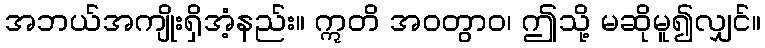
အဘယ်အကျိုးရှိအံ့နည်း။ ဣတိ အဝတွာဝ၊ ဤသို့ မဆိုမူ၍လျှင်။